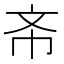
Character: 𭤔